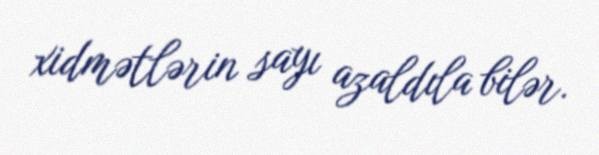
xidmətlərin sayı azaldıla bilər.